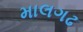
માલગઢ